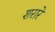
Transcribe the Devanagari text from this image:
शरारे